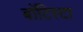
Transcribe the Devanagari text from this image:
बाॅटिस्टा